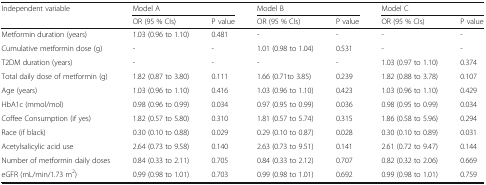
<table><thead><tr><td rowspan="2"><b>Independent variable</b></td><td colspan="2"><b>Model A</b></td><td colspan="2"><b>Model B</b></td><td colspan="2"><b>Model C</b></td></tr><tr><td><b>OR (95 % CIs)</b></td><td><b>P value</b></td><td><b>OR (95 % CIs)</b></td><td><b>P value</b></td><td><b>OR (95 % CIs)</b></td><td><b>P value</b></td></tr></thead><tbody><tr><td>Metformin duration (years)</td><td>1.03 (0.96 to 1.10)</td><td>0.481</td><td>-</td><td>-</td><td>-</td><td>-</td></tr><tr><td>Cumulative metformin dose (g)</td><td>-</td><td>-</td><td>1.01 (0.98 to 1.04)</td><td>0.531</td><td>-</td><td>-</td></tr><tr><td>T2DM duration (years)</td><td>-</td><td>-</td><td>-</td><td>-</td><td>1.03 (0.97 to 1.10)</td><td>0.374</td></tr><tr><td>Total daily dose of metformin (g)</td><td>1.82 (0.87 to 3.80)</td><td>0.111</td><td>1.66 (0.71to 3.85)</td><td>0.239</td><td>1.82 (0.88 to 3.78)</td><td>0.107</td></tr><tr><td>Age (years)</td><td>1.03 (0.96 to 1.10)</td><td>0.416</td><td>1.03 (0.96 to 1.10)</td><td>0.423</td><td>1.03 (0.96 to 1.10)</td><td>0.429</td></tr><tr><td>HbA1c (mmol/mol)</td><td>0.98 (0.96 to 0.99)</td><td>0.034</td><td>0.97 (0.95 to 0.99)</td><td>0.036</td><td>0.98 (0.95 to 0.99)</td><td>0.034</td></tr><tr><td>Coffee Consumption (if yes)</td><td>1.82 (0.57 to 5.80)</td><td>0.310</td><td>1.81 (0.57 to 5.74)</td><td>0.315</td><td>1.86 (0.58 to 5.96)</td><td>0.294</td></tr><tr><td>Race (if black)</td><td>0.30 (0.10 to 0.88)</td><td>0.029</td><td>0.29 (0.10 to 0.87)</td><td>0.028</td><td>0.30 (0.10 to 0.89)</td><td>0.031</td></tr><tr><td>Acetylsalicylic acid use</td><td>2.64 (0.73 to 9.58)</td><td>0.140</td><td>2.63 (0.73 to 9.51)</td><td>0.141</td><td>2.61 (0.72 to 9.47)</td><td>0.144</td></tr><tr><td>Number of metformin daily doses</td><td>0.84 (0.33 to 2.11)</td><td>0.705</td><td>0.84 (0.33 to 2.12)</td><td>0.707</td><td>0.82 (0.32 to 2.06)</td><td>0.669</td></tr><tr><td>eGFR (mL/min/1.73 m<sup>2</sup>)</td><td>0.99 (0.98 to 1.01)</td><td>0.703</td><td>0.99 (0.98 to 1.01)</td><td>0.692</td><td>0.99 (0.98 to 1.01)</td><td>0.759</td></tr></tbody></table>